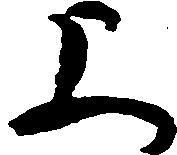
上